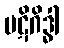
ပဋိဂိဒ္ဓါ